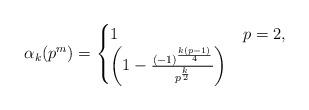
LaTeX: \begin{align*} \alpha_{k}( p^m)=\begin{cases}1& p=2,\\\left(1-\frac{(-1)^{\frac{k(p-1)}{4}}}{p^{\frac{k}{2}}}\right)& \end{cases}\end{align*}